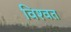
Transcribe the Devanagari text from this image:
विश्‍वत